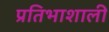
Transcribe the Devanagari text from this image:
प्रतिभाशाली